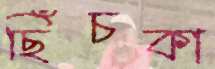
ছিঁচকা